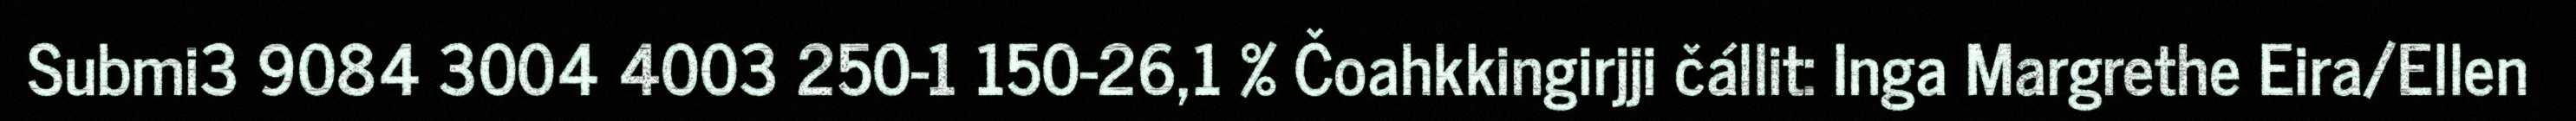
Submi3 9084 3004 4003 250-1 150-26,1 % Čoahkkingirjji čállit: Inga Margrethe Eira/Ellen